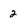
Character: 2